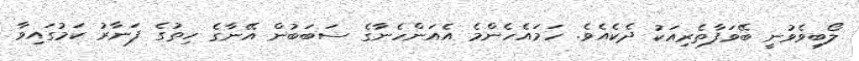
ލޯބިވެވުނީ ބޭވަފާތެރިއަކު ދެކެއެވެ. ހަމައެހެންމެ އެއަންހެނާގެ ސަބަބުން އޭނާގެ ހިތުގެ ފަނާރު ކަމުގައިވާ